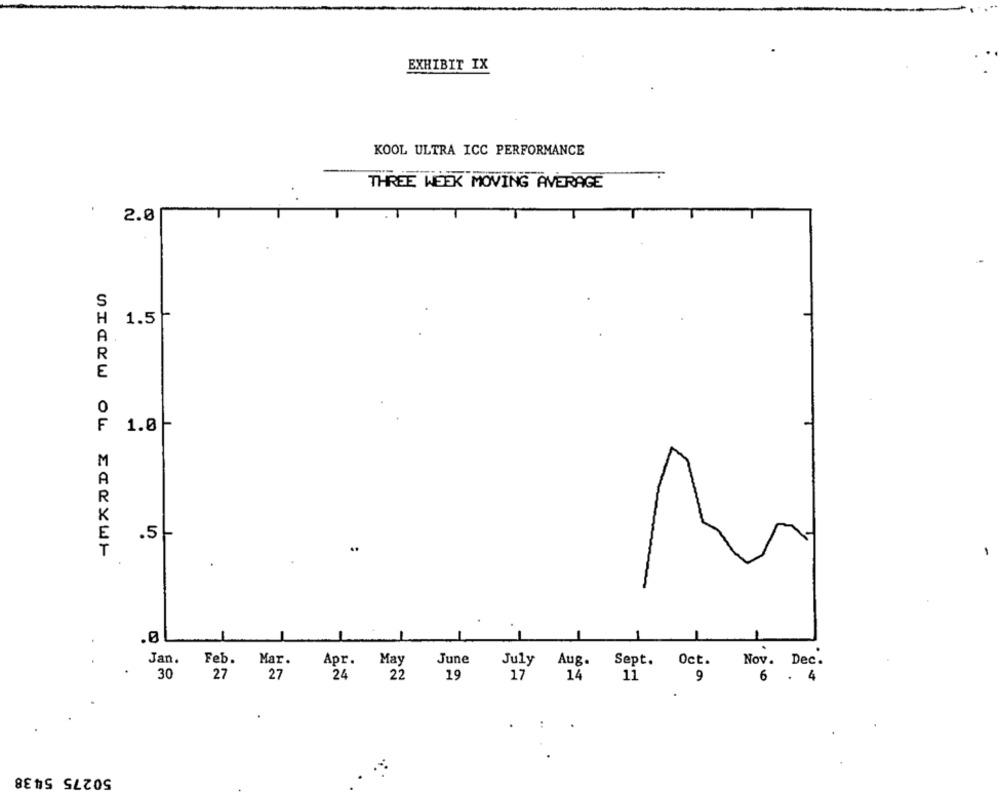
EXHIBIT IX
KOOL ULTRA ICC PERFORMANCE
THREE WEEK MOVING AVERAGE
.
2.0
S
H
1.5
A
R
0
F
1.0 -
M
R
.5-
-
.ØL
Jan.
Feb.
Mar.
Apr.
May
June
July
Aug.
Sept. Oct.
Nov. Dec.
30
27
24
27
22
19
17
14
11
9
6
. 4
:
50275 5438